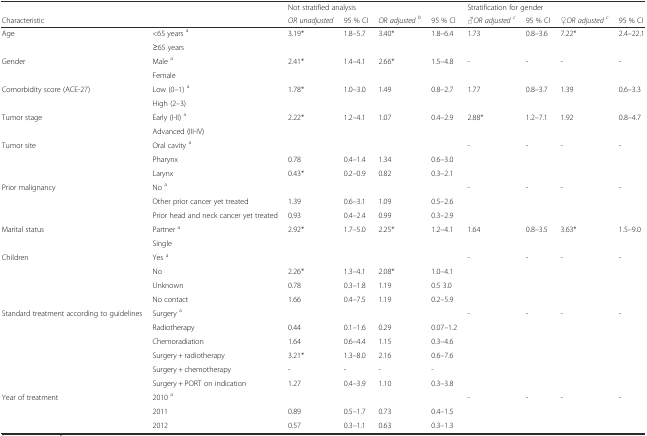
<table><thead><tr><td colspan="2"></td><td colspan="4"><b>Not stratified analysis</b></td><td colspan="4"><b>Stratification for gender</b></td></tr><tr><td><b>Characteristic</b></td><td></td><td><b><i>OR unadjusted</i></b></td><td><b>95 % CI</b></td><td><b><i>OR adjusted</i><sup><i>b</i></sup></b></td><td><b>95 % CI</b></td><td><b><i>♂OR adjusted</i><sup><i>c</i></sup></b></td><td><b>95 % CI</b></td><td><b><i>♀OR adjusted</i><sup><i>c</i></sup></b></td><td><b>95 % CI</b></td></tr></thead><tbody><tr><td rowspan="2">Age</td><td>&lt;65 years <sup>a</sup></td><td rowspan="2">3.19*</td><td rowspan="2">1.8–5.7</td><td rowspan="2">3.40*</td><td rowspan="2">1.8–6.4</td><td rowspan="2">1.73</td><td rowspan="2">0.8–3.6</td><td rowspan="2">7.22*</td><td rowspan="2">2.4–22.1</td></tr><tr><td>≥65 years</td></tr><tr><td rowspan="2">Gender</td><td>Male <sup>a</sup></td><td rowspan="2">2.41*</td><td rowspan="2">1.4–4.1</td><td rowspan="2">2.66*</td><td rowspan="2">1.5–4.8</td><td rowspan="2">-</td><td rowspan="2">-</td><td rowspan="2">-</td><td rowspan="2">-</td></tr><tr><td>Female</td></tr><tr><td rowspan="2">Comorbidity score (ACE-27)</td><td>Low (0–1) <sup>a</sup></td><td rowspan="2">1.78*</td><td rowspan="2">1.0–3.0</td><td rowspan="2">1.49</td><td rowspan="2">0.8–2.7</td><td rowspan="2">1.77</td><td rowspan="2">0.8–3.7</td><td rowspan="2">1.39</td><td rowspan="2">0.6–3.3</td></tr><tr><td>High (2–3)</td></tr><tr><td rowspan="2">Tumor stage</td><td>Early (I-II) <sup>a</sup></td><td rowspan="2">2.22*</td><td rowspan="2">1.2–4.1</td><td rowspan="2">1.07</td><td rowspan="2">0.4–2.9</td><td rowspan="2">2.88*</td><td rowspan="2">1.2–7.1</td><td rowspan="2">1.92</td><td rowspan="2">0.8–4.7</td></tr><tr><td>Advanced (III-IV)</td></tr><tr><td rowspan="3">Tumor site</td><td>Oral cavity <sup>a</sup></td><td></td><td></td><td></td><td></td><td rowspan="3">-</td><td rowspan="3">-</td><td rowspan="3">-</td><td rowspan="3">-</td></tr><tr><td>Pharynx</td><td>0.78</td><td>0.4–1.4</td><td>1.34</td><td>0.6–3.0</td></tr><tr><td>Larynx</td><td>0.43*</td><td>0.2–0.9</td><td>0.82</td><td>0.3–2.1</td></tr><tr><td rowspan="3">Prior malignancy</td><td>No <sup>a</sup></td><td></td><td></td><td></td><td></td><td rowspan="3">-</td><td rowspan="3">-</td><td rowspan="3">-</td><td rowspan="3">-</td></tr><tr><td>Other prior cancer yet treated</td><td>1.39</td><td>0.6–3.1</td><td>1.09</td><td>0.5–2.6</td></tr><tr><td>Prior head and neck cancer yet treated</td><td>0.93</td><td>0.4–2.4</td><td>0.99</td><td>0.3–2.9</td></tr><tr><td rowspan="2">Marital status</td><td>Partner <sup>a</sup></td><td rowspan="2">2.92*</td><td rowspan="2">1.7–5.0</td><td rowspan="2">2.25*</td><td rowspan="2">1.2–4.1</td><td rowspan="2">1.64</td><td rowspan="2">0.8–3.5</td><td rowspan="2">3.63*</td><td rowspan="2">1.5–9.0</td></tr><tr><td>Single</td></tr><tr><td rowspan="4">Children</td><td>Yes <sup>a</sup></td><td></td><td></td><td></td><td></td><td rowspan="4">-</td><td rowspan="4">-</td><td rowspan="4">-</td><td rowspan="4">-</td></tr><tr><td>No</td><td>2.26*</td><td>1.3–4.1</td><td>2.08*</td><td>1.0–4.1</td></tr><tr><td>Unknown</td><td>0.78</td><td>0.3–1.8</td><td>1.19</td><td>0.5 3.0</td></tr><tr><td>No contact</td><td>1.66</td><td>0.4–7.5</td><td>1.19</td><td>0.2–5.9</td></tr><tr><td rowspan="6">Standard treatment according to guidelines</td><td>Surgery <sup>a</sup></td><td></td><td></td><td></td><td></td><td rowspan="6">-</td><td rowspan="6">-</td><td rowspan="6">-</td><td rowspan="6">-</td></tr><tr><td>Radiotherapy</td><td>0.44</td><td>0.1–1.6</td><td>0.29</td><td>0.07–1.2</td></tr><tr><td>Chemoradiation</td><td>1.64</td><td>0.6–4.4</td><td>1.15</td><td>0.3–4.6</td></tr><tr><td>Surgery + radiotherapy</td><td>3.21*</td><td>1.3–8.0</td><td>2.16</td><td>0.6–7.6</td></tr><tr><td>Surgery + chemotherapy</td><td>-</td><td>-</td><td>-</td><td>-</td></tr><tr><td>Surgery + PORT on indication</td><td>1.27</td><td>0.4–3.9</td><td>1.10</td><td>0.3–3.8</td></tr><tr><td rowspan="3">Year of treatment</td><td>2010 <sup>a</sup></td><td></td><td></td><td></td><td></td><td rowspan="3">-</td><td rowspan="3">-</td><td rowspan="3">-</td><td rowspan="3">-</td></tr><tr><td>2011</td><td>0.89</td><td>0.5–1.7</td><td>0.73</td><td>0.4–1.5</td></tr><tr><td>2012</td><td>0.57</td><td>0.3–1.1</td><td>0.63</td><td>0.3–1.3</td></tr></tbody></table>